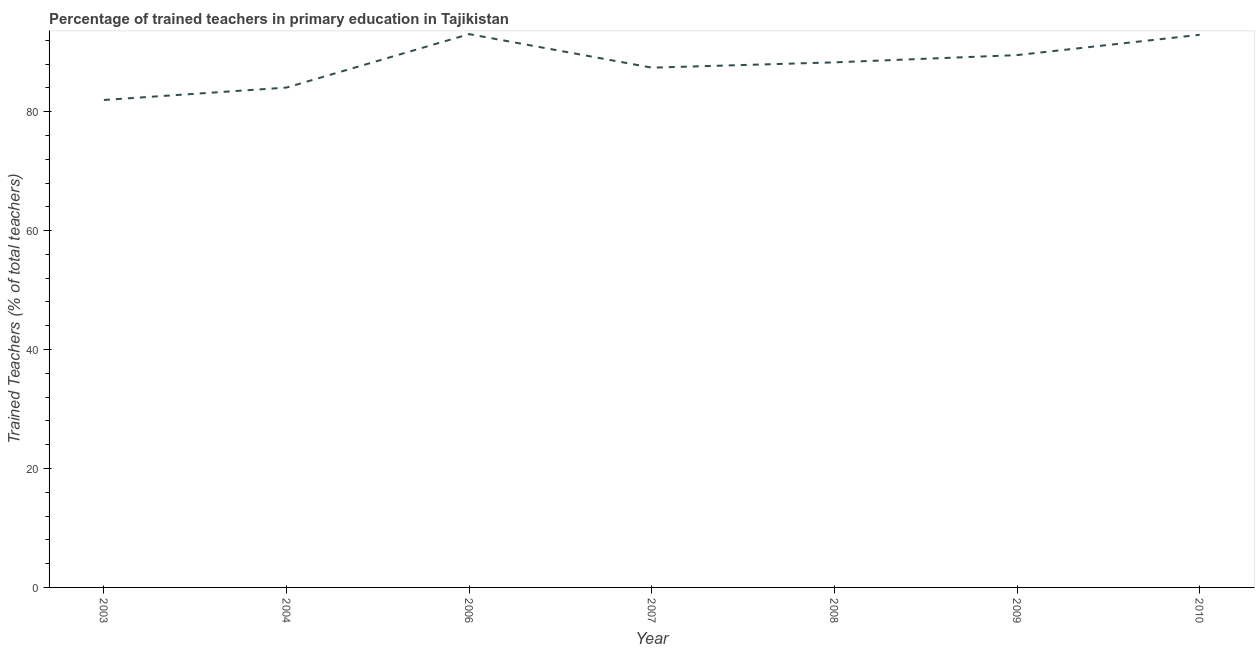
| Year | Trained teacher |
 | --- | --- |
 | 2003 | 82 |
 | 2004 | 84.1 |
 | 2006 | 93 |
 | 2007 | 87.4 |
 | 2008 | 88.3 |
 | 2009 | 89.5 |
 | 2010 | 92.9 |